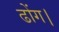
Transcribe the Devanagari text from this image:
ढोंग।